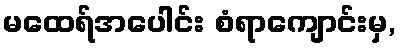
မထေရ်အပေါင်း စံရာကျောင်းမှ,